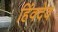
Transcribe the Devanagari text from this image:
हिंवदेव